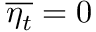
\overline { { \eta _ { t } } } = 0